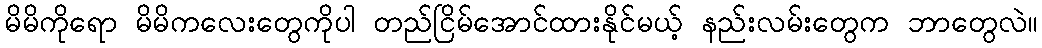
မိမိကိုရော မိမိကလေးတွေကိုပါ တည်ငြိမ်အောင်ထားနိုင်မယ့် နည်းလမ်းတွေက ဘာတွေလဲ။